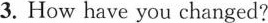
3.How have you changed?